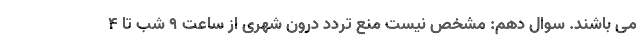
می باشند. سوال دهم: مشخص نیست منع تردد درون شهری از ساعت ۹ شب تا ۴